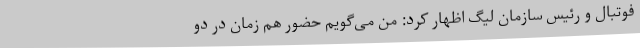
فوتبال و رئیس سازمان لیگ اظهار کرد: من می‌گویم حضور هم زمان در دو